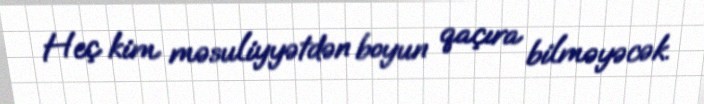
Heç kim məsuliyyətdən boyun qaçıra bilməyəcək.